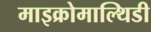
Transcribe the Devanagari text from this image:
माइक्रोमाल्थिडी